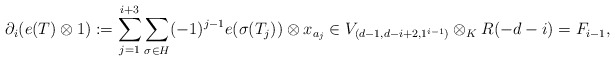
\begin{align*}\partial_i(e(T) \otimes 1) := \sum_{j=1}^{i+3} \sum_{\sigma \in H} (-1)^{j-1} e(\sigma(T_j)) \otimes x_{a_j} \in V_{(d-1, d-i+2, 1^{i-1})} \otimes_K R(-d-i) =F_{i-1},\end{align*}